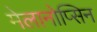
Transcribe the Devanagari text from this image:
मेलानोप्सिन